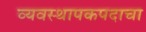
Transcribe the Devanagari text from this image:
व्यवस्थापकपदाचा